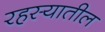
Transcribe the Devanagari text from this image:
रहस्यातील